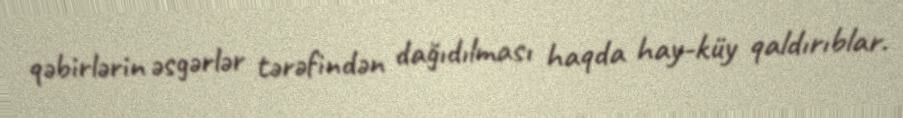
qəbirlərin əsgərlər tərəfindən dağıdılması haqda hay-küy qaldırıblar.